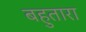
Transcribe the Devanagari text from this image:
बहुतारा